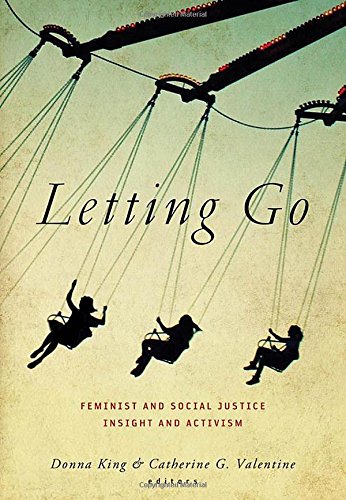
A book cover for Letting Go: Feminist and Social Justice Insight and Activism; Gay & Lesbian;